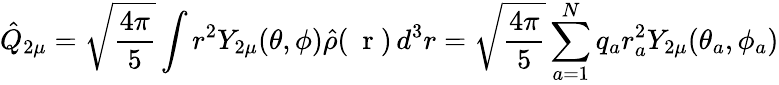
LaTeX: \hat{Q}_{2\mu}=\sqrt{\frac{4\pi}{5}}\int r^{2}Y_{2\mu}(\theta,\phi)\hat{\rho}(\mathrm{~\mathbf~r~})\, d^{3}r=\sqrt{\frac{4\pi}{5}}\sum_{a=1}^{N}q_{a}r_{a}^{2}Y_{2\mu}(\theta_{a},\phi_{a})